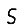
Digit: 5